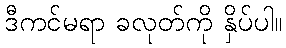
ဒီကင်မရာ ခလုတ်ကို နှိပ်ပါ။